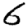
Digit: 6